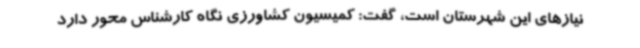
نیازهای این شهرستان است، گفت: کمیسیون کشاورزی نگاه کارشناس محور دارد